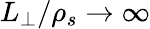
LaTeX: L_{\perp}/\rho_{s}\rightarrow\infty